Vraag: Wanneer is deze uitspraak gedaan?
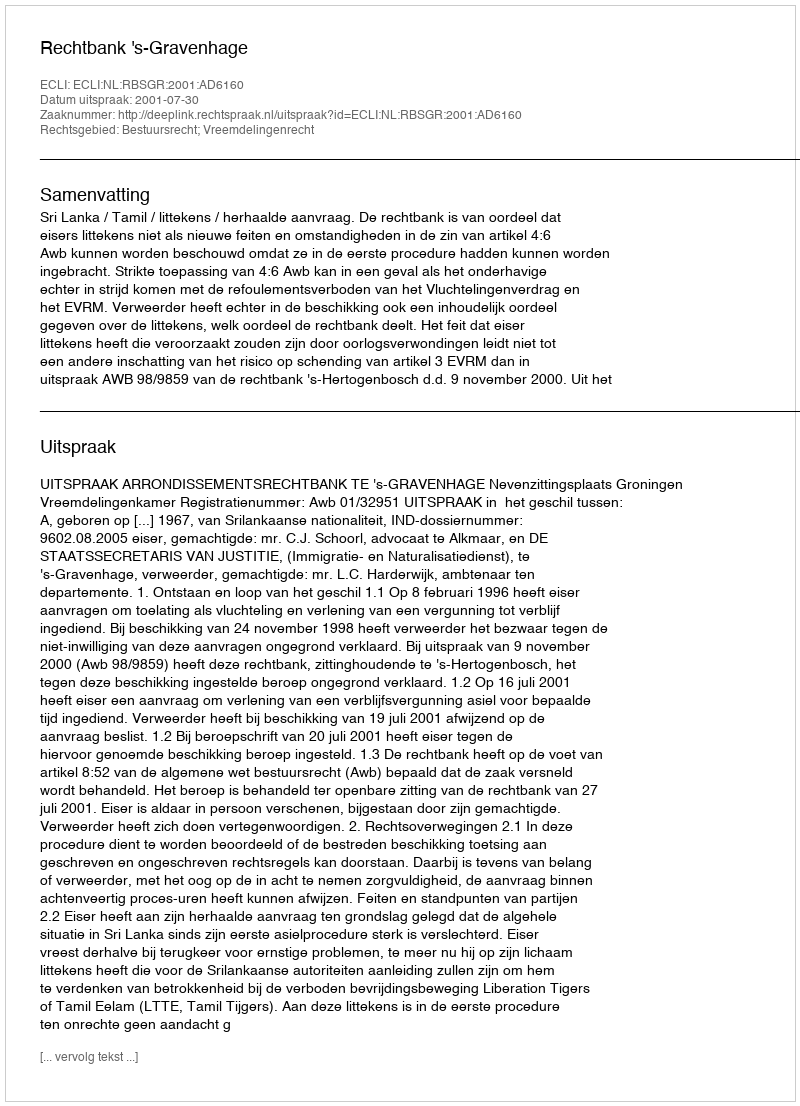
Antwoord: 2001-07-30